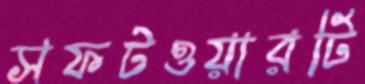
সফটওয়ারটি